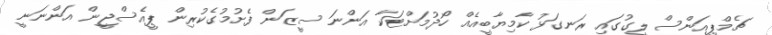
ޗެމްޕިއަންސް ލީގުގައި ރަނގަޅު ކާމިޔާބީއެއް ހޯދުމަށްޓަކާ އަންނަ ސީޒަން ފެށުމުގެކުރިން ޕީއެސްޖީން އަންނަނީ